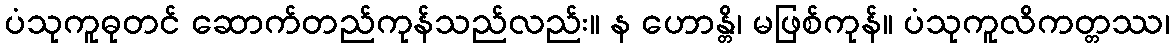
ပံသုကူဓုတင် ဆောက်တည်ကုန်သည်လည်း။ န ဟောန္တိ၊ မဖြစ်ကုန်။ ပံသုကူလိကတ္တဿ၊